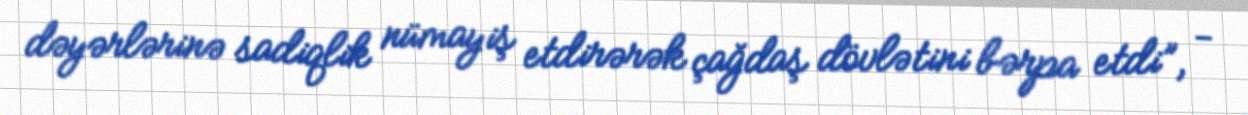
dəyərlərinə sadiqlik nümayiş etdirərək çağdaş dövlətini bərpa etdi”, -